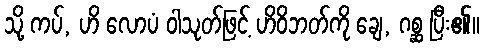
သို့ ကပ်, ဟိ လောပံ ဝါသုတ်ဖြင့် ဟိဝိဘတ်ကို ချေ, ဂစ္ဆ ပြီး၏။